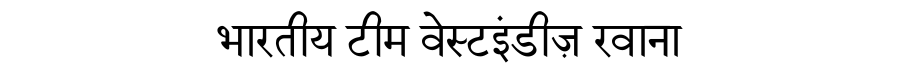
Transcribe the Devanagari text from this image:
भारतीय टीम वेस्टइंडीज़ रवाना